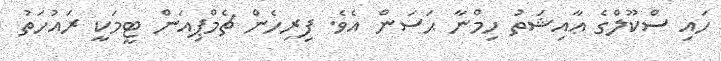
ހައި ސްކޫލްގެ ޢާއިޝަތު ހިމްނާ ޙަސަން އެވެ. ފިރިހެން ޗެމްޕިއަން ޓީމަކީ ރައުހަތު